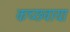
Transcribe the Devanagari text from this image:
कच्छवाया